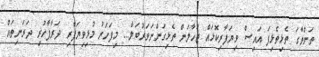
ތަންތާގަ ތެޅިތެޅިފަ އައިސް ވިޔަފާރިކޮޅައް ޖަހާލަން ތެޅިގަންނަވަރުބަލާ... މިފަހަރު މުޅިވިޔަފާރި ދަރާފާހުޜި ދަރަނިތައް